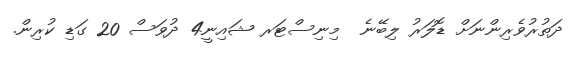
ދަތުރުވެރިންނަށް ޑޮލަރު ލިބޭނެ  މިނިސްޓަރ ޝައިނީ4 ދުވަސް 20 ގަޑި ކުރިން.